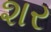
શર